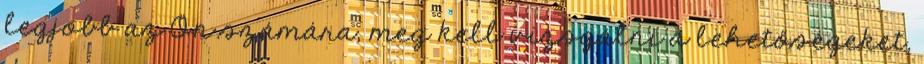
legjobb az Ön számára, meg kell vizsgálni a lehetőségeket,